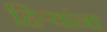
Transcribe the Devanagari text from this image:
हिर्‍यांना